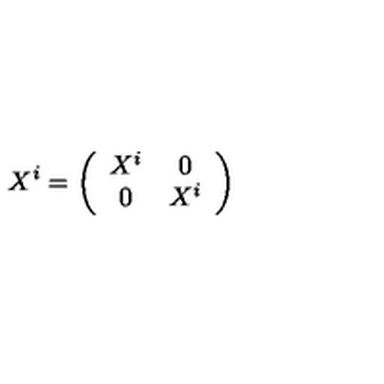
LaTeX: X ^ { i } = \left( \begin{array} { c c } { X ^ { i } } & { 0 } \\ { 0 } & { X ^ { i } } \\ \end{array} \right)